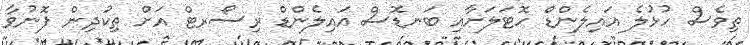
ތިވެސް ހުޅުލެ އައިލެންޑް ހޮޓަލަށާއި ބަނޑޮސް އައިލެންޑް ރިސޯރޓް އަށް ތިކުދިން ފޮނުވާ